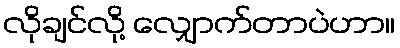
လိုချင်လို့ လျှောက်တာပဲဟာ။